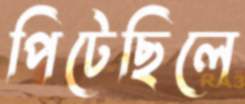
পিটেছিলে